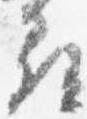
尋